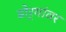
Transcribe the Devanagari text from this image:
डोर्‍यांवर